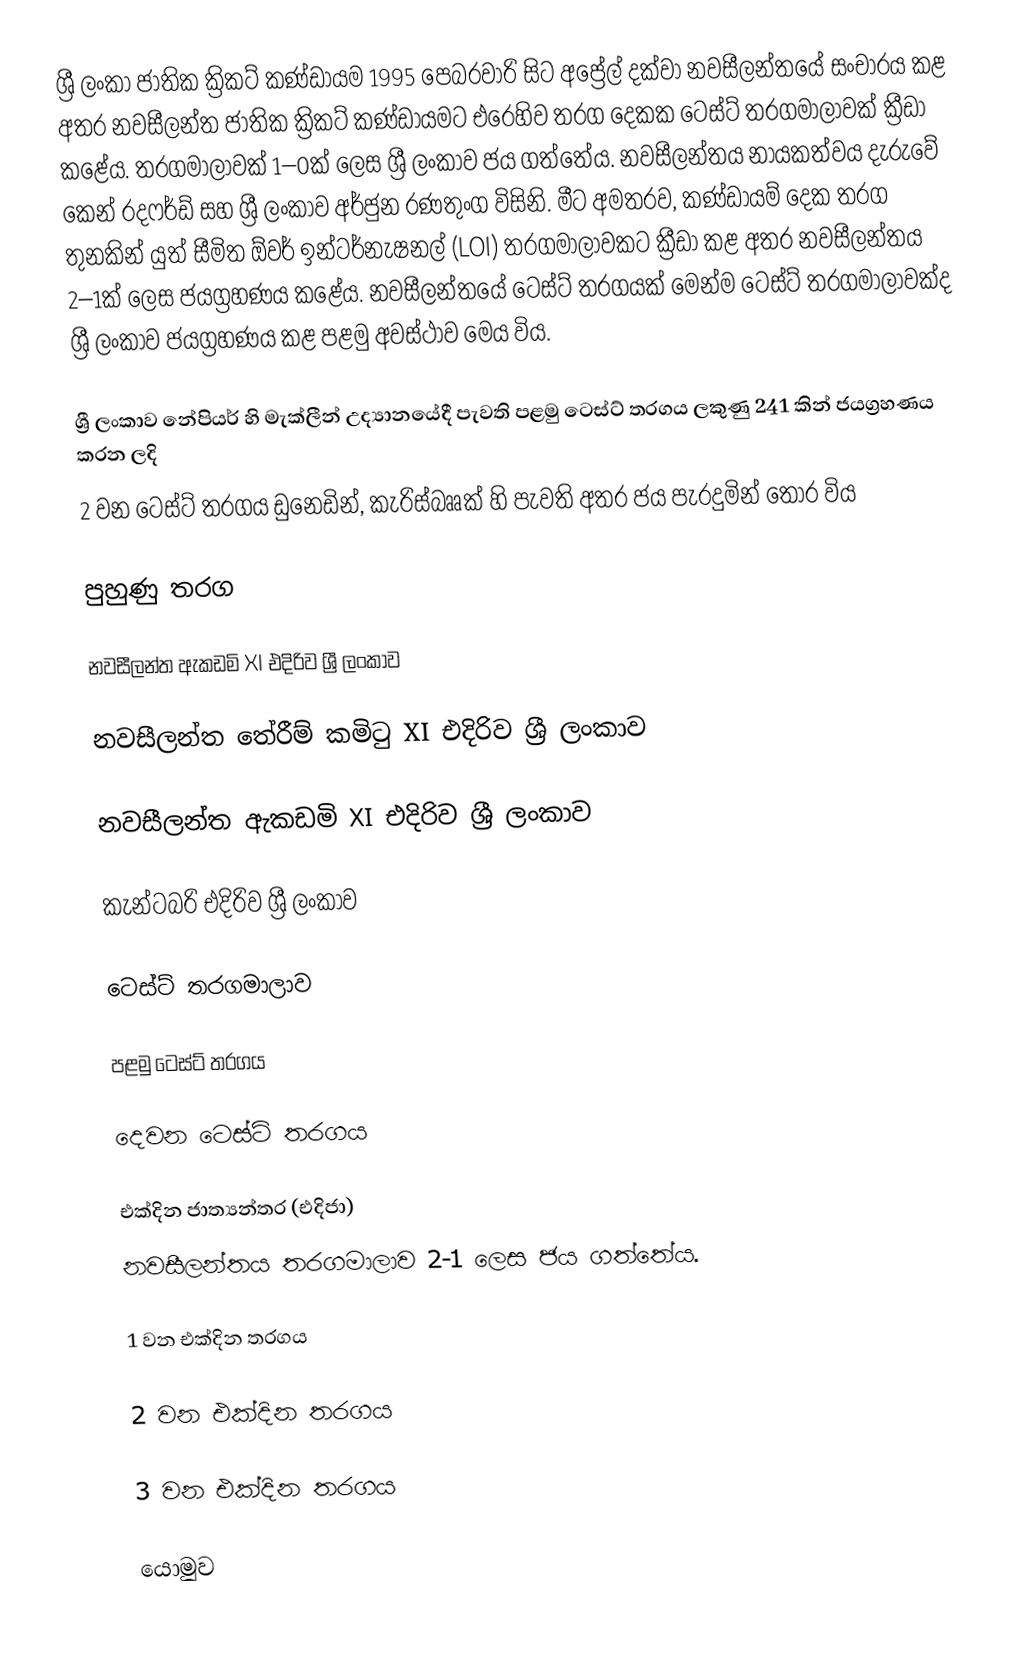
ශ්‍රී ලංකා ජාතික ක්‍රිකට් කණ්ඩායම 1995 පෙබරවාරි සිට අප්‍රේල් දක්වා නවසීලන්තයේ සංචාරය කළ අතර නවසීලන්ත ජාතික ක්‍රිකට් කණ්ඩායමට එරෙහිව තරග දෙකක ටෙස්ට් තරගමාලාවක් ක්‍රීඩා කළේය. තරගමාලාවක් 1–0ක් ලෙස ශ්‍රී ලංකාව ජය ගත්තේය. නවසීලන්තය නායකත්වය දැරුවේ කෙන් රදෆර්ඩ් සහ ශ්‍රී ලංකාව අර්ජුන රණතුංග විසිනි. මීට අමතරව, කණ්ඩායම් දෙක තරග තුනකින් යුත් සීමිත ඕවර් ඉන්ටර්නැෂනල් (LOI) තරගමාලාවකට ක්‍රීඩා කළ අතර නවසීලන්තය 2–1ක් ලෙස ජයග්‍රහණය කළේය.  නවසීලන්තයේ ටෙස්ට් තරගයක් මෙන්ම ටෙස්ට් තරගමාලාවක්ද ශ්‍රී ලංකාව ජයග්‍රහණය කළ පළමු අවස්ථාව මෙය විය.

 ශ්‍රී ලංකාව නේපියර් හි මැක්ලීන් උද්‍යානයේදී පැවති පළමු ටෙස්ට් තරගය ලකුණු 241 කින් ජයග්‍රහණය කරන ලදි
 2 වන ටෙස්ට් තරගය ඩුනෙඩින්, කැරිස්බෲක් හි පැවති අතර ජය පැරදුමින් තොර විය

පුහුණු තරග

නවසීලන්ත ඇකඩමි XI එදිරිව ශ්‍රී ලංකාව

නවසීලන්ත තේරීම් කමිටු XI එදිරිව ශ්‍රී ලංකාව

නවසීලන්ත ඇකඩමි XI එදිරිව ශ්‍රී ලංකාව

කැන්ටබරි එදිරිව ශ්‍රී ලංකාව

ටෙස්ට් තරගමාලාව

පළමු ටෙස්ට් තරගය

දෙවන ටෙස්ට් තරගය

එක්දින ජාත්‍යන්තර (එදිජා)
නවසීලන්තය තරගමාලාව 2-1 ලෙස ජය ගත්තේය.

1 වන එක්දින තරගය

2 වන එක්දින තරගය

3 වන එක්දින තරගය

යොමුව